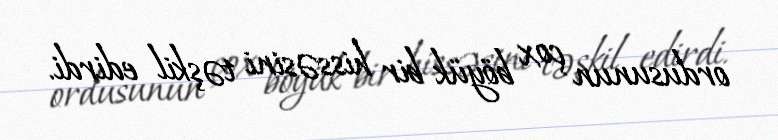
ordusunun çox böyük bir hissəsini təşkil edirdi.